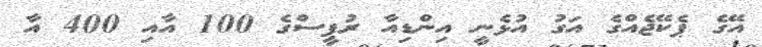
އޭގެ ޕެކޭޖެއްގެ އަގު އުޅެނީ އިންޑިއާ ރުޕީސްގެ 100 އާއި 400 އާ